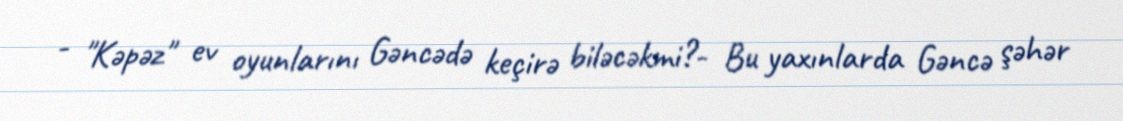
- "Kəpəz" ev oyunlarını Gəncədə keçirə biləcəkmi?- Bu yaxınlarda Gəncə şəhər